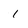
Character: 1